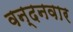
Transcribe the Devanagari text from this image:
वन्‍दनवार